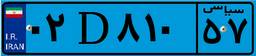
۰۲D۸۱۰۵۷